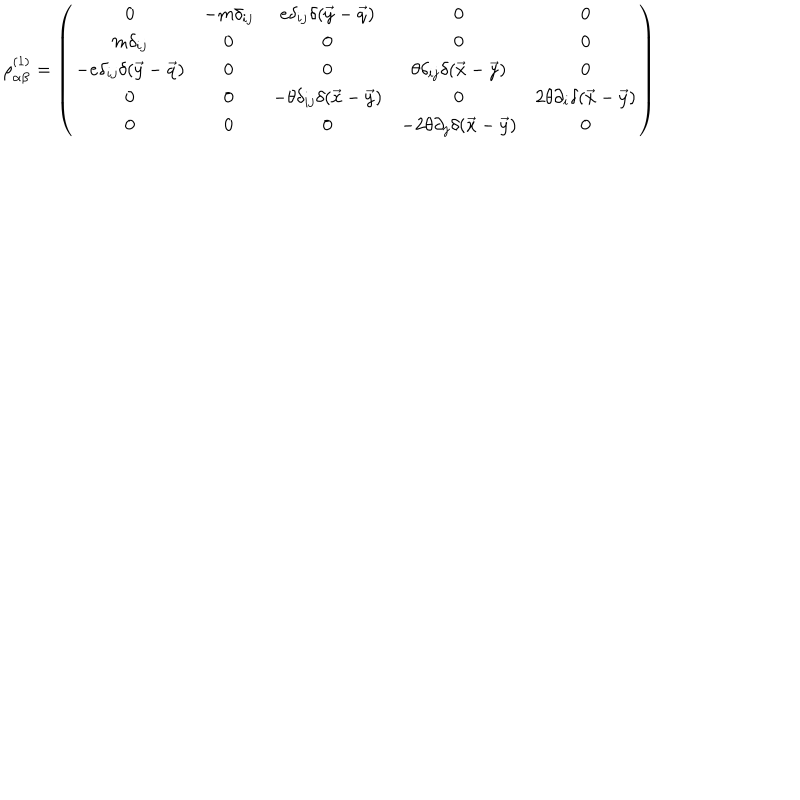
LaTeX: \rho _ { \alpha \beta } ^ { ( 1 ) } = \left( \begin{array} { c c c c c } { { 0 } } & { { - m \delta _ { i j } } } & { { e \delta _ { i j } \delta ( \vec { y } - \vec { q } ) } } & { { 0 } } & { { 0 } } \\ { { m \delta _ { i j } } } & { { 0 } } & { { 0 } } & { { 0 } } & { { 0 } } \\ { { - e \delta _ { i j } \delta ( \vec { y } - \vec { q } ) } } & { { 0 } } & { { 0 } } & { { \theta \delta _ { i j } \delta ( \vec { x } - \vec { y } ) } } & { { 0 } } \\ { { 0 } } & { { 0 } } & { { - \theta \delta _ { i j } \delta ( \vec { x } - \vec { y } ) } } & { { 0 } } & { { 2 \theta \partial _ { i } \delta ( \vec { x } - \vec { y } ) } } \\ { { 0 } } & { { 0 } } & { { 0 } } & { { - 2 \theta \partial _ { j } \delta ( \vec { x } - \vec { y } ) } } & { { 0 } } \\ \end{array} \right)